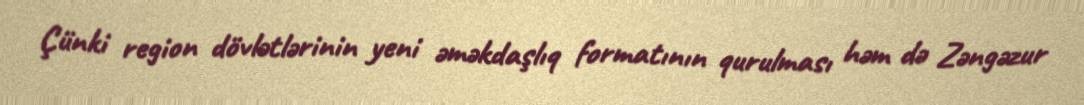
Çünki region dövlətlərinin yeni əməkdaşlıq formatının qurulması həm də Zəngəzur